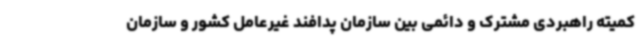
کمیته راهبردی مشترک و دائمی بین سازمان پدافند غیرعامل کشور و سازمان